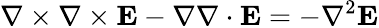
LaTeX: \nabla\times\nabla\times\mathbf{E}-\nabla\nabla\cdot\mathbf{E}=-\nabla^{2}\mathbf{E}